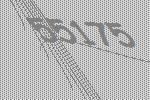
55175